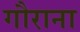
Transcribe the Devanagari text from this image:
गौराना